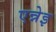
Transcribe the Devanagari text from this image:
एन्नेइ